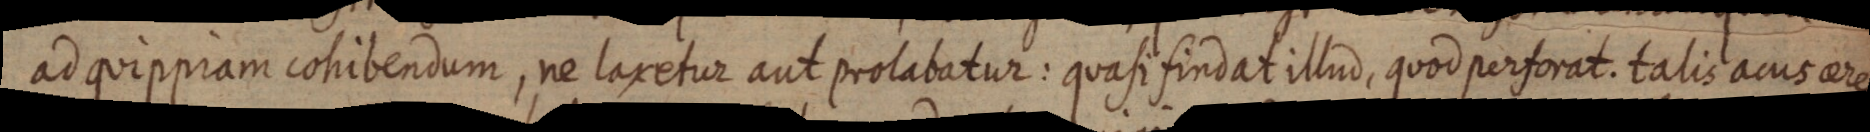
ad quippiam cohibendum, ne laxetur aut prolabatur: quasi findat illud, quod perforat. talis acus area